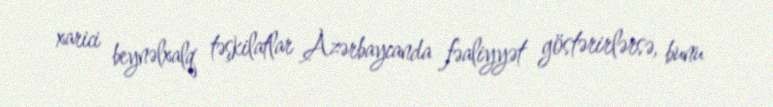
xarici beynəlxalq təşkilatlar Azərbaycanda fəaliyyət göstərirlərsə, bunu